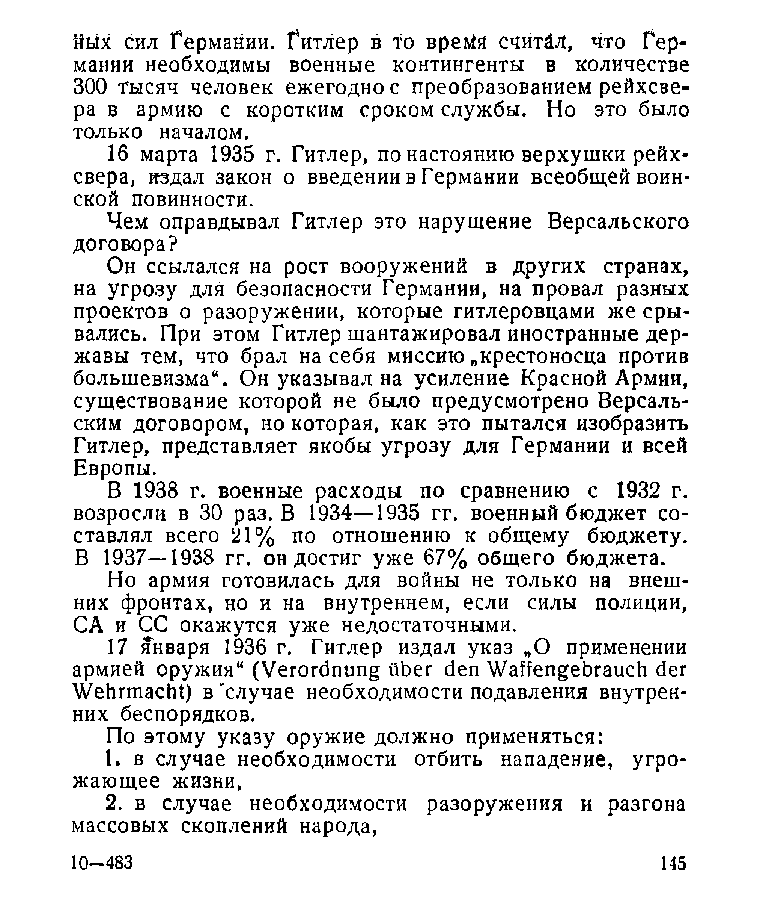
йых сил Германии. Гитлер в то врегЯя считйл, что Гер­
 мании необходимы военные контингенты в количестве
 300 тысяч человек ежегодно с преобразованием рейхсве­
 ра в армию с коротким сроком службы. Но это было
 только началом.
 16 марта 1935 г. Гитлер, по настоянию верхушки рейх­
 свера, издал закон о введении в Германии всеобщей воин­
 ской повинности.
 Чем оправдывал Гитлер это нарушение Версальского
 договора?
 Он ссылался на рост вооружений в других странах,
 на угрозу для безопасности Германии, на провал разных
 проектов о разоружении, которые гитлеровцами же сры­
 вались. При этом Гитлер шантажировал иностранные дер­
 жавы тем, что брал на себя миссию „крестоносца против
 большевизма“. Он указывал на усиление Красной Армии,
 существование которой не было предусмотрено Версаль­
 ским договором, но которая, как это пытался изобразить
 Гитлер, представляет якобы угрозу для Германии и всей
 Европы.
 В 1938 г. военные расходы по сравнению с 1932 г.
 возросли в 30 раз. В 1934—1935 гг. военный бюджет со­
 ставлял всего 21% по отношению к общему бюджету.
 В 1937—1938 гг. он достиг уже 67% общего бюджета.
 Но армия готовилась для войны не только на внеш­
 них фронтах, но и на внутреннем, если силы полиции,
 СА и CG окажутся уже недостаточными.
 17 января 1936 г. Гитлер издал указ „О применении
 армией оружия“ (Verordnung über den Waffengebrauch der
 Wehrmacht) в 'случае необходимости подавления внутрен­
 них беспорядков.
 По этому указу оружие должно применяться:
 1. в случае необходимости отбить нападение, угро­
 жающее жизни,
 2. в случае необходимости разоружения и разгона
 массовых скоплений народа,
 10-483                                 145